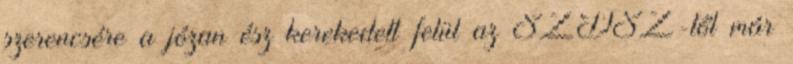
szerencsére a józan ész kerekedett felül az SZDSZ-től már